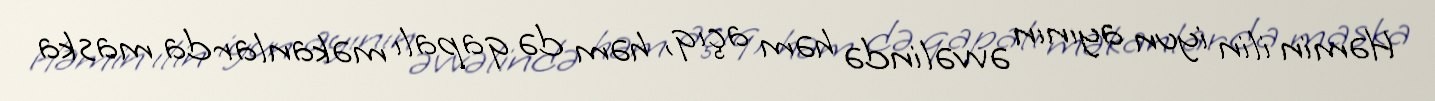
Həmin ilin iyun ayının əvvəlində həm açıq, həm də qapalı məkanlarda maska